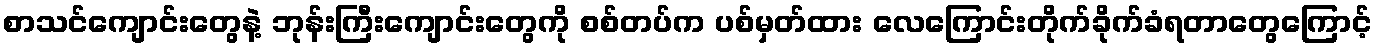
စာသင်ကျောင်းတွေနဲ့ ဘုန်းကြီးကျောင်းတွေကို စစ်တပ်က ပစ်မှတ်ထား လေကြောင်းတိုက်ခိုက်ခံရတာတွေကြောင့်